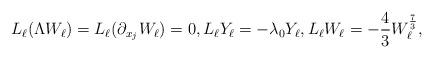
LaTeX: \begin{align*}& L_\ell (\Lambda W_\ell) = L_\ell (\partial_{x_j} W_\ell)=0, L_\ell Y_\ell = -\lambda_0 Y_\ell,L_\ell W_\ell = - \frac 43 W_\ell^{\frac 73},\end{align*}